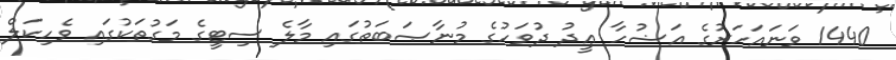
1440 ވަނައަހަރުގެ އަޟުހާ ޢީދު ދުވަހުގެ މުނާޞަބަތުގައި މާލެ ސިޓީގެ މަގުތަކުގައި ވެހިކަލް